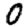
Digit: 0